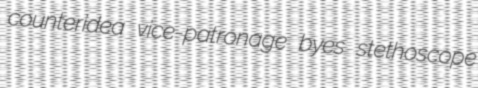
counteridea vice-patronage byes stethoscope